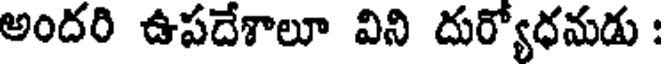
అందరి ఉపదేశాలూ విని దుర్యోధమడు :